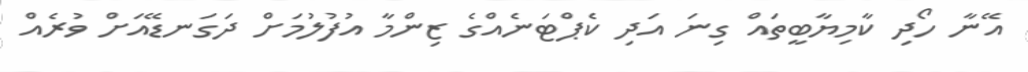
އޭނާ ހޯދި ކާމިޔާބީތައް ގިނަ އަދި ކެޕްޓަނެއްގެ ޒިންމާ އުފުލުމަށް ދަގަނޑޭއަށް ވުރެއް